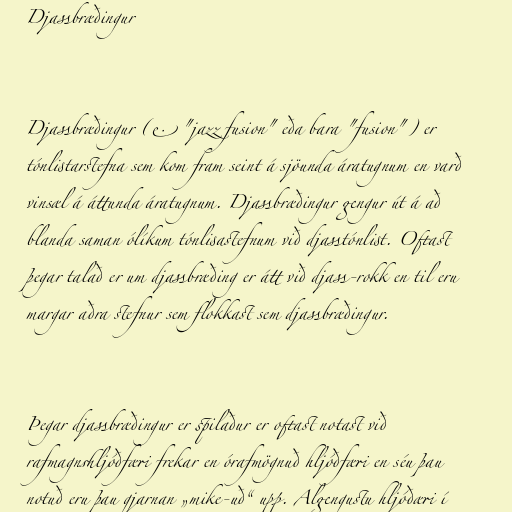
Djassbræðingur

Djassbræðingur (e. "jazz fusion" eða bara "fusion") er
tónlistarstefna sem kom fram seint á sjöunda áratugnum en varð
vinsæl á áttunda áratugnum. Djassbræðingur gengur út á að
blanda saman ólíkum tónlisastefnum við djasstónlist. Oftast
þegar talað er um djassbræðing er átt við djass-rokk en til eru
margar aðra stefnur sem flokkast sem djassbræðingur.

Þegar djassbræðingur er spilaður er oftast notast við
rafmagnshljóðfæri frekar en órafmögnuð hljóðfæri en séu þau
notuð eru þau gjarnan „mike-uð“ upp. Algengustu hljóðæri í